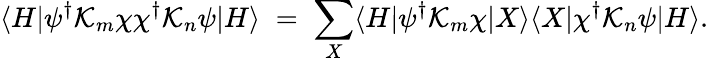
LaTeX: \langle H|\psi^{\dagger}{\cal K}_{m}\chi\chi^{\dagger}{\cal K}_{n}\psi|H\rangle\; =\; \sum_{X}\langle H|\psi^{\dagger}{\cal K}_{m}\chi|X\rangle\langle X|\chi^{\dagger}{\cal K}_{n}\psi|H\rangle.